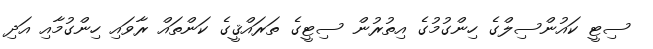
ސިޓީ ކައުންސިލްގެ ހިންގުމުގެ އިތުރުން ސިޓީގެ ތަރައްޤީގެ ކަންތައް ރާވައި ހިންގުމާއި އަދި